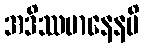
အဒိဿမာနေနပိ